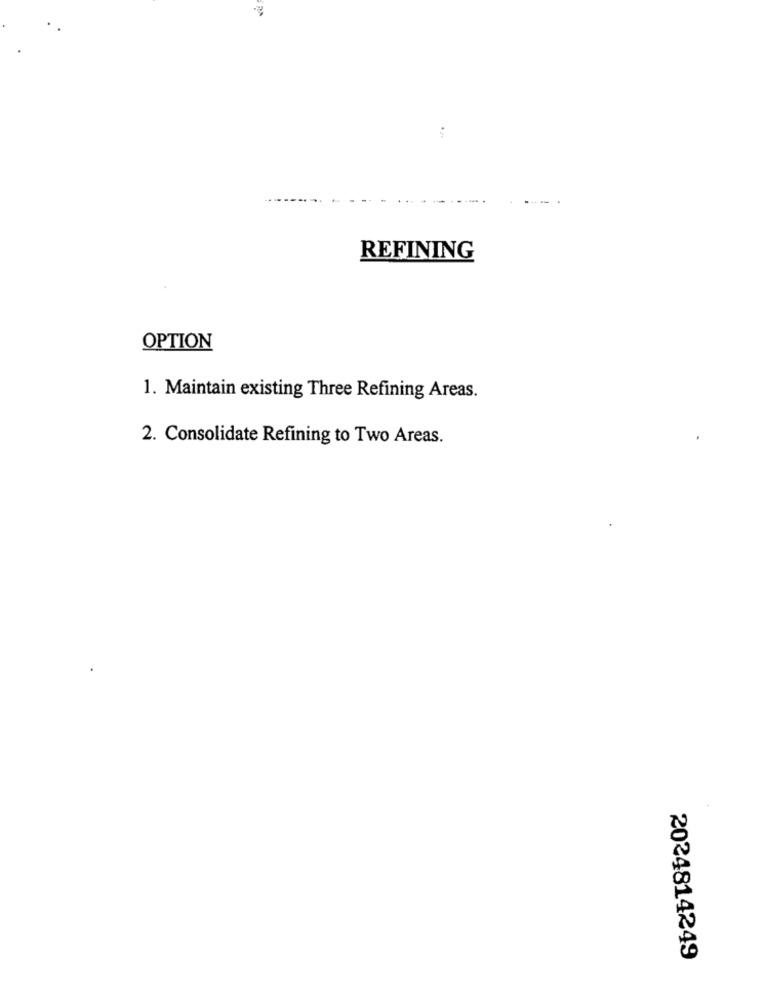
REFINING
OPTION
1. Maintain existing Three Refining Areas.
2. Consolidate Refining to Two Areas.
2024814249